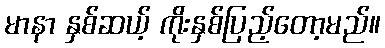
မာနာ နှစ်ဆယ့် ကိုးနှစ်ပြည့်တော့မည်။